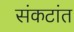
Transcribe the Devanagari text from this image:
संकटांत